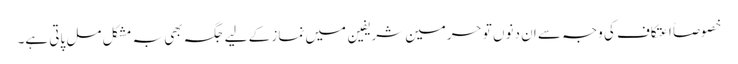
خصوصاً اعتکاف کی وجہ سے ان دنوں تو حرمین شریفین میں نماز کے لیے جگہ بھی بہ مشکل مل پاتی ہے۔